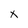
Character: X